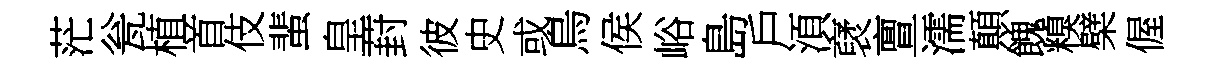
茫瓮植首伎蜚皇葑彼史或烏侯峪島戶湏裦亶濡顛餽糗檗偓